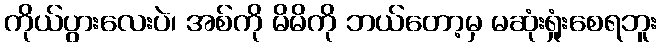
ကိုယ်ပွားလေးပဲ၊ အစ်ကို မိမိကို ဘယ်တော့မှ မဆုံးရှုံးစေရဘူး